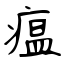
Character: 瘟